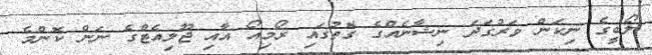
ލޯބީގެ ނިކަން ވަރުގަދަ ނިޝާނެއްގެ ގޮތުގައި ރޯމިއޯ އާއި ޖޫލިއެޓްގެ ނަން ކޮންމެ